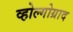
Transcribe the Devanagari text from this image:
व्होल्गोग्राद